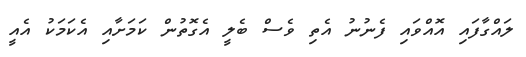
ލައްގާފައި އޮއްވައި ފެނުނު އެތި ވެސް ބެލީ އެގޮތުން ކަމަށާއި އެކަމަކު އެއީ